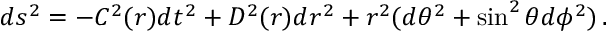
d s ^ { 2 } = - C ^ { 2 } ( r ) d t ^ { 2 } + D ^ { 2 } ( r ) d r ^ { 2 } + r ^ { 2 } ( d \theta ^ { 2 } + \sin ^ { 2 } \theta d \phi ^ { 2 } ) \, .